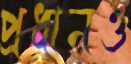
প্রধানও